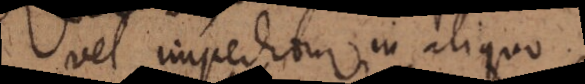
vel impeditur in aliquo.